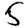
Digit: 5